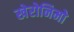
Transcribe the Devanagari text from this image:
खेरोनिमो